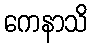
ကေနာသိ